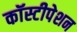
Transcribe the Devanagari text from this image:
कॉस्टीपेशन